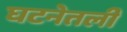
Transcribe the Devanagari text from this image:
घटनेतली